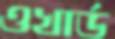
ওখার্ড